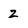
Character: z